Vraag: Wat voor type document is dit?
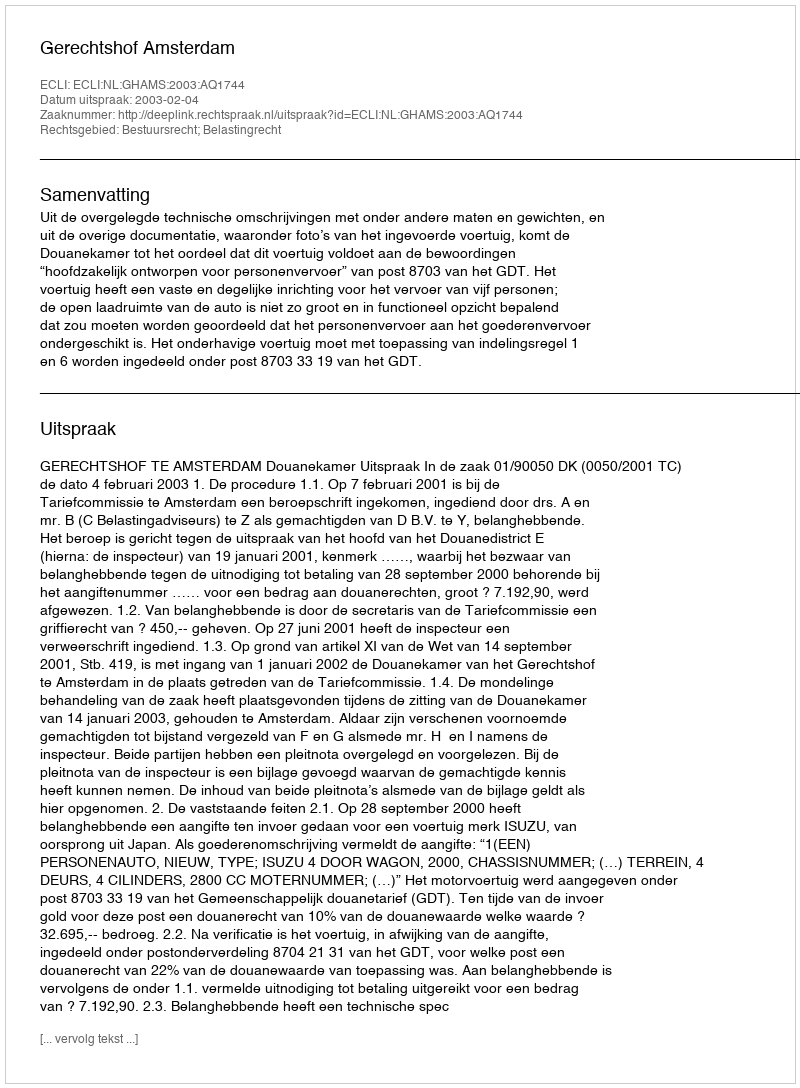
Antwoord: Uitspraak